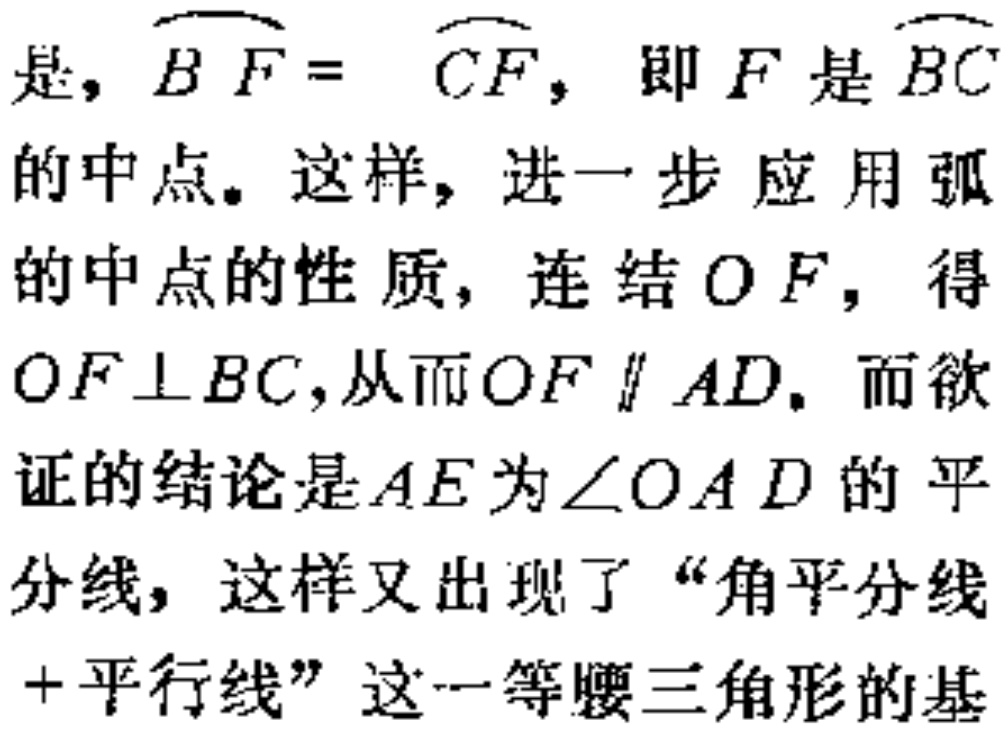
是，$\overset{\frown}{BF} = \overset{\frown}{CF}$，即$F$是$\overset{\frown}{BC}$的中点。这样，进一步应用弧的中点的性质，连结$OF$，得$OF\perp BC$,从而$OF\parallel AD$。而欲证的结论是$AE$为$\angle OAD$的平分线，这样又出现了“角平分线+平行线”这一等腰三角形的基